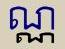
ណ្ណ